system: You are a helpful assistant.
user:
Analyze the provided spectrum to determine if it is a **M-type Giant (gM)**.

A M-type Giant spectrum is defined by its **strong molecular absorption** features, particularly from **Titanium Oxide (TiO)**. You must check for one of the following mutually exclusive signatures:

- **Key Visual Indicators (Absorption-Dominated Spectrum):**

    - **(Primary):** The spectrum is dominated by strong molecular absorption from **Titanium Oxide (TiO)**. This is the **defining feature** of its M-type temperature class.
        - **(Key Bandheads):** Look for sharp, "saw-tooth" absorption valleys. The strongest are located near **~7050 Å**, **~6160 Å**, and **~5170 Å**.
        - **(Line Profile):** The "saw-tooth" morphology is critical: a **sharp, steep drop on the BLUE (short-wavelength) side** of the bandhead, followed by a gradual recovery (rising flux) towards the RED (long-wavelength) side.

    - **(Key Confirmation - Giant vs. Dwarf):** **ABSENCE** of strong **Calcium Hydride (CaH)** molecular bands. This is the primary diagnostic for *excluding* M-dwarfs.
        - **(Key Region):** The spectrum should lack the strong, broad absorption band seen in dwarfs between **~6800 Å and ~7000 Å**.

    - **(Secondary Confirmation - Giant):** A very strong and broad **Neutral Calcium (Ca I)** atomic absorption line.
        - **(Key Line):** Located at **~4226 Å**. In a giant (gM), this line is significantly deeper and broader than the same line in an M-dwarf (dM) due to low surface gravity.

    - **(Overall Spectrum):**
        - The continuum is **extremely red-sloping** (i.e., flux is very low in the blue and rises dramatically towards the red).
        - The entire spectrum appears "chopped up" by the deep TiO bands.

Think first, call **spectral_visualization_tool** if needed to examine features in detail, then provide your final answer. Your response must adhere to the following strict rules:
1.  **Overall Structure:** Your response must follow the format `<think>...</think> <tool_call>...</tool_call> (if a tool is used) <answer>...</answer>`.
2.  **Tool Usage Constraint:** You may only make **one** tool call per turn.
3.  **Final Answer Format:** In the `<answer>` tag, your conclusion must be inside a `\boxed{}` command (e.g., `\boxed{YES}` or `\boxed{NO}`), followed by your justification.

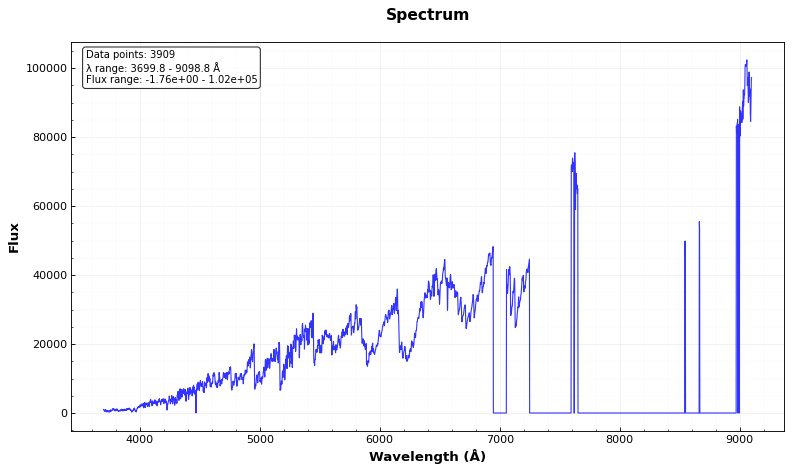
Answer: YES